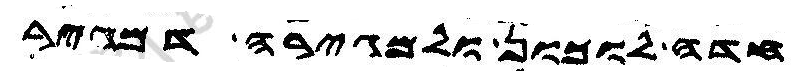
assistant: חדה לוכון ולגיורה דמגיר